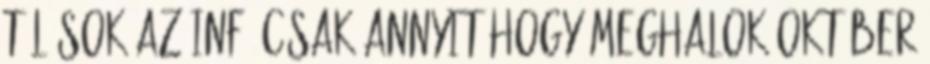
túl sok az infó csak annyit hogy meghalok október